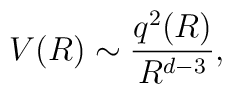
V(R)\sim\frac{q^2(R)}{R^{d-3}},